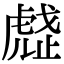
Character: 𧇒